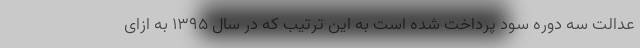
عدالت سه دوره سود پرداخت شده است به این ترتیب که در سال ۱۳۹۵ به ازای